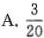
A.\frac{3}{20}